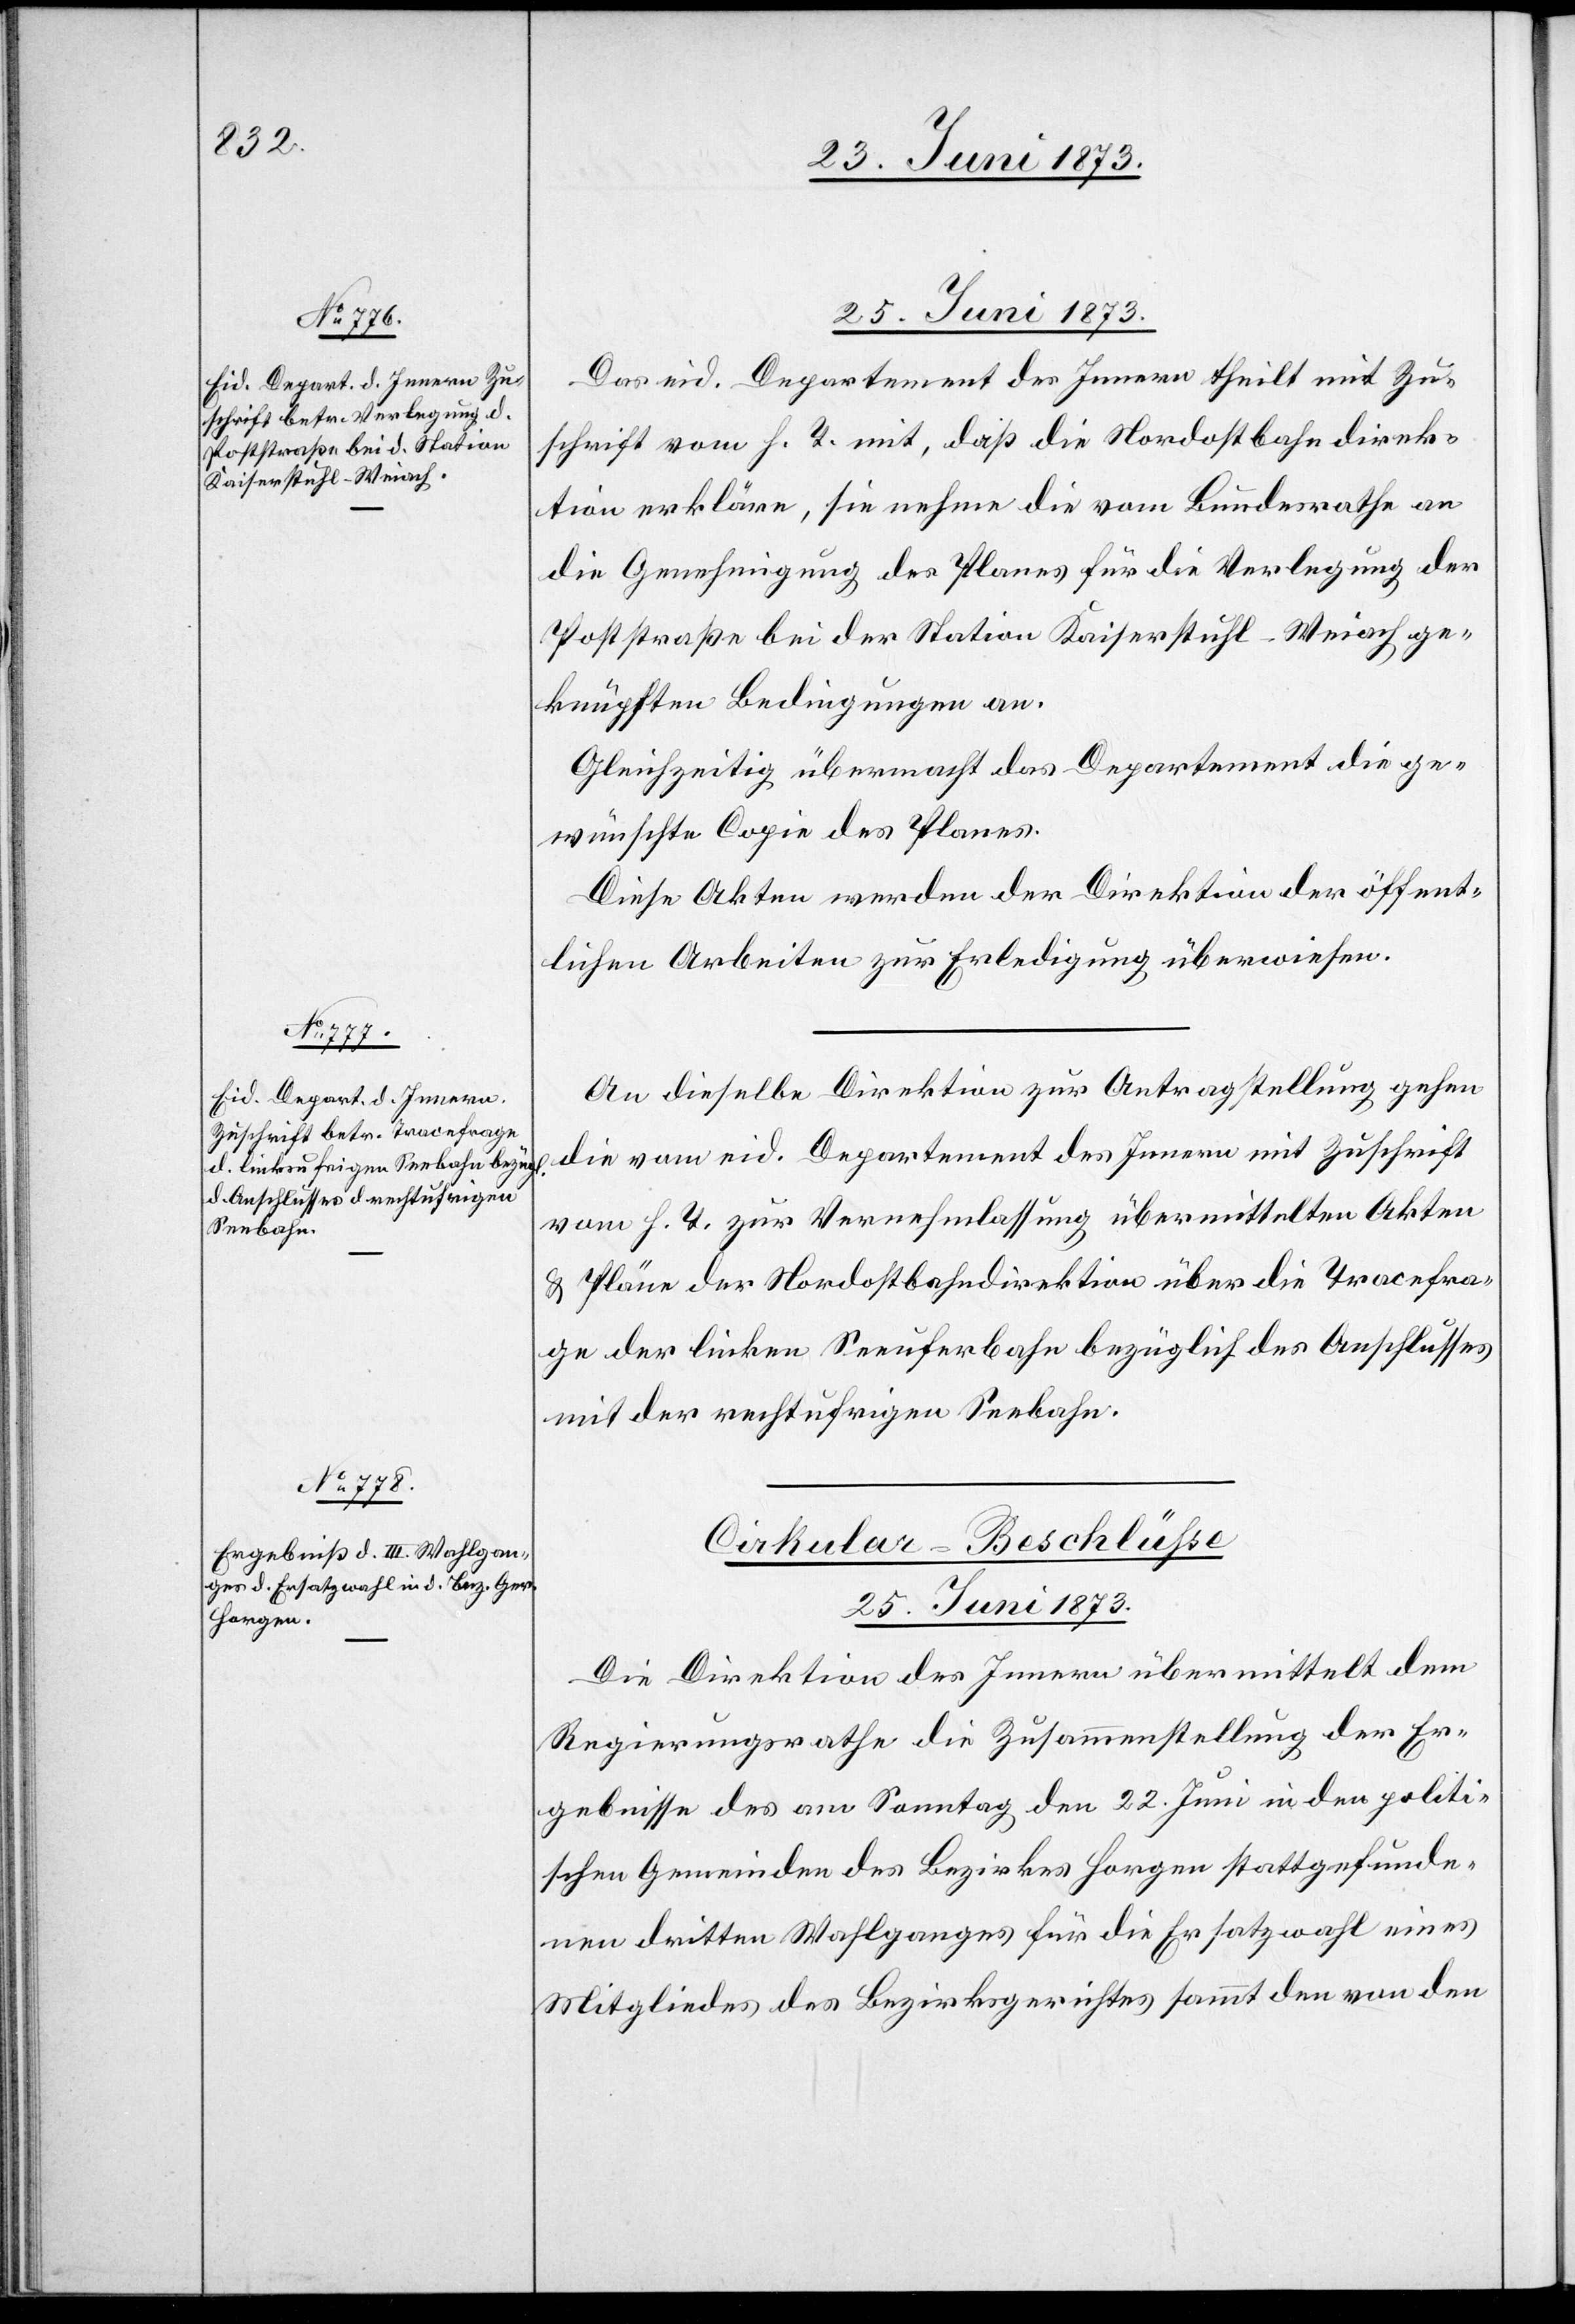
25. Juni 1873.]
Das eid. Departement des Innern theilt mit Zu¬
schrift vom h. T. mit, daß die Nordostbahndirek¬
tion erkläre, sie nehme die vom Bundesrathe an
die Genehmigung des Planes für die Verlegung der
Poststraße bei der Station Kaiserstuhl-Weiach ge¬
knüpften Bedingungen an.
Gleichzeitig übermacht das Departement die ge¬
wünschte Copie des Planes.
Diese Akten werden der Direktion der öffent¬
lichen Arbeiten zur Erledigung überwiesen.
An dieselbe Direktion zur Antragstellung gehen
die vom eid. Departement des Innern mit Zuschrift
vom h. T. zur Vernehmlassung übermittelten Akten
& Pläne der Nordostbahndirektion über die Tracefra¬
ge der linken Seeuferbahn bezüglich des Anschlusses
mit der rechtufrigen Seebahn.
Cirkular-Beschlüsse
25. Juni 1873.
Die Direktion des Innern übermittelt dem
Regierungsrathe die Zusammenstellung der Er¬
gebnisse des am Sonntag den 22. Juni in den politi¬
schen Gemeinden des Bezirkes Horgen stattgefunde¬
nen dritten Wahlganges für die Ersatzwahl eines
Mitgliedes des Bezirksgerichtes sammt den von den